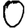
Digit: 0